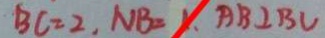
B C = 2 , N B = 1 , A B \bot B C